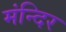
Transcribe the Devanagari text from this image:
मंन्दिर